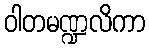
ဝါတမဏ္ဍလိကာ